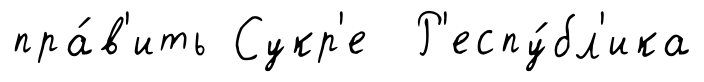
пра́в'ить Сукр'е Р'еспу́бл'ика